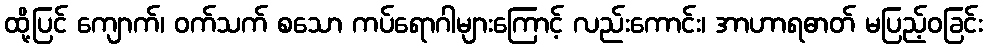
ထို့ပြင် ကျောက်၊ ဝက်သက် စသော ကပ်ရောဂါများကြောင့် လည်းကောင်း၊ အာဟာရဓာတ် မပြည့်ဝခြင်း